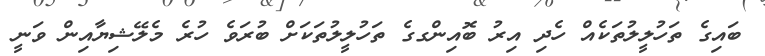
ބައިގެ ތަހުލީލުތަކެއް ހެދި އިރު ބޮއިންގގެ ތަހުލީލުތަކަށް ބުރަވެ ހުރެ މެލޭޝިޔާއިން ވަނީ